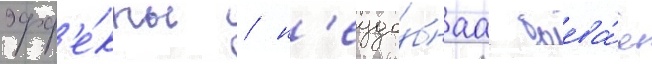
эфф'е́кты / н'еудо́бнаа боева́я